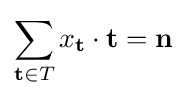
\sum _{\mathbf {t} \in T}x_{\mathbf {t} }\cdot \mathbf {t} =\mathbf {n}